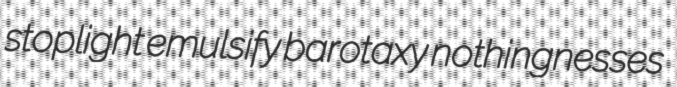
stoplight emulsify barotaxy nothingnesses